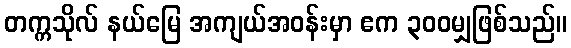
တက္ကသိုလ် နယ်မြေ အကျယ်အဝန်းမှာ ဧက ၃၀၀မျှဖြစ်သည်။